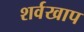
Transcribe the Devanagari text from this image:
शर्वखाप